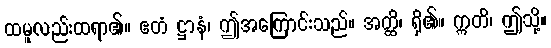
ထမူလည်းထရာ၏။ ဧတံ ဋ္ဌာနံ၊ ဤအကြောင်းသည်။ အတ္ထိ၊ ရှိ၏။ ဣတိ၊ ဤသို့။